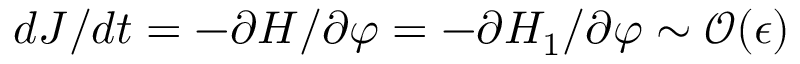
d \boldsymbol { J } / d t = - \partial H / \partial \boldsymbol { \varphi } = - \partial H _ { 1 } / \partial \boldsymbol { \varphi } \sim \mathcal { O } ( \epsilon )